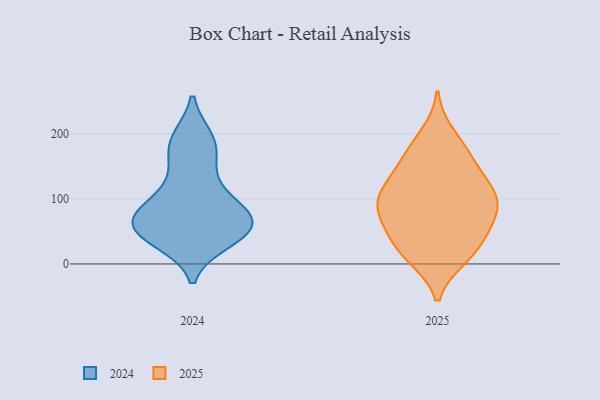
{"axis": {"x": "Latency (ms)", "y": "Value"}, "legend": ["2024", "2025"], "data": [{"x": "", "y": 171, "type": "2025"}, {"x": "", "y": 106, "type": "2025"}, {"x": "", "y": 53, "type": "2025"}, {"x": "", "y": 65, "type": "2025"}, {"x": "", "y": 62, "type": "2025"}, {"x": "", "y": 108, "type": "2025"}, {"x": "", "y": 93, "type": "2025"}, {"x": "", "y": 115, "type": "2025"}, {"x": "", "y": 19, "type": "2025"}, {"x": "", "y": 70, "type": "2025"}, {"x": "", "y": 14, "type": "2025"}, {"x": "", "y": 172, "type": "2025"}, {"x": "", "y": 137, "type": "2025"}, {"x": "", "y": 26, "type": "2025"}, {"x": "", "y": 10, "type": "2025"}, {"x": "", "y": 105, "type": "2025"}, {"x": "", "y": 91, "type": "2025"}, {"x": "", "y": 199, "type": "2025"}, {"x": "", "y": 151, "type": "2025"}, {"x": "", "y": 78, "type": "2024"}, {"x": "", "y": 157, "type": "2024"}, {"x": "", "y": 49, "type": "2024"}, {"x": "", "y": 99, "type": "2024"}, {"x": "", "y": 192, "type": "2024"}, {"x": "", "y": 60, "type": "2024"}, {"x": "", "y": 48, "type": "2024"}, {"x": "", "y": 69, "type": "2024"}, {"x": "", "y": 88, "type": "2024"}, {"x": "", "y": 50, "type": "2024"}, {"x": "", "y": 36, "type": "2024"}, {"x": "", "y": 84, "type": "2024"}, {"x": "", "y": 182, "type": "2024"}, {"x": "", "y": 62, "type": "2024"}, {"x": "", "y": 42, "type": "2024"}, {"x": "", "y": 191, "type": "2024"}, {"x": "", "y": 131, "type": "2024"}]}